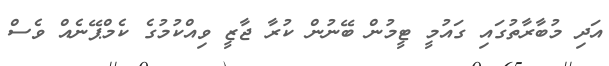
އަދި މުބާރާތުގައި ގައުމީ ޓީމުން ބޭނުން ކުރާ ޖާޒީ ވިއްކުމުގެ ކެމްޕޭނެއް ވެސް